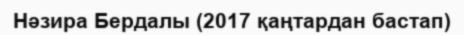
Нәзира Бердалы (2017 қаңтардан бастап)